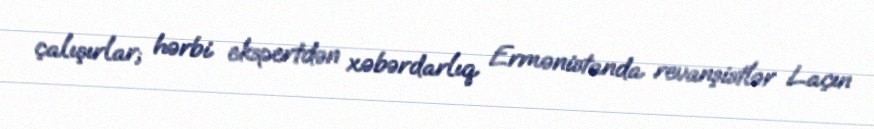
çalışırlar; hərbi ekspertdən xəbərdarlıq Ermənistanda revanşistlər Laçın